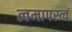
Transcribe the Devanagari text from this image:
त्वमापस्त्वं